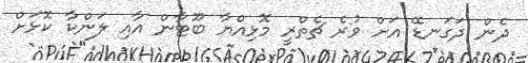
ދެން ދަގަނޑޭ އަށް ވުރެ ޗެތްރީ މޮޅިއްޔާ ބޫޓާން އާއި ލަންކާ ކޮޅަށް